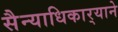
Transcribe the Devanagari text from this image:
सैन्याधिकार्‍याने